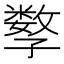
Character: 𡦤